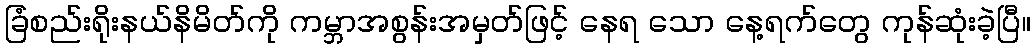
ခြံစည်းရိုးနယ်နိမိတ်ကို ကမ္ဘာအစွန်းအမှတ်ဖြင့် နေရ သော နေ့ရက်တွေ ကုန်ဆုံးခဲ့ပြီ။